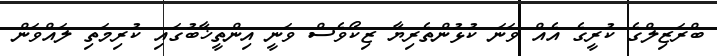
ބްރަޒިލްގެ ކުރީގެ އެއް ވަނަ ކުޅުންތެރިޔާ ޒިކޯވެސް ވަނީ އިންތީޚާބުގައި ކުރިމަތި ލައްވަން